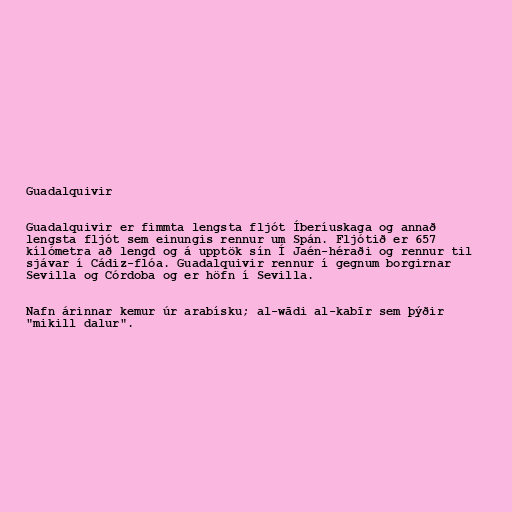
Guadalquivir

Guadalquivir er fimmta lengsta fljót Íberíuskaga og annað
lengsta fljót sem einungis rennur um Spán. Fljótið er 657
kílómetra að lengd og á upptök sín Í Jaén-héraði og rennur til
sjávar í Cádiz-flóa. Guadalquivir rennur í gegnum borgirnar
Sevilla og Córdoba og er höfn í Sevilla.

Nafn árinnar kemur úr arabísku; al-wādi al-kabīr sem þýðir
"mikill dalur".